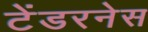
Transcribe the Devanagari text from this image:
टेंडरनेस